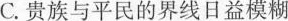
C. 贵族与平民的界线日益模糊